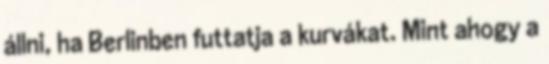
állni, ha Berlinben futtatja a kurvákat. Mint ahogy a